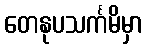
တေနုပသင်္ကမိမှာ